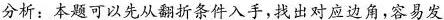
分析：本题可以先从翻折条件入手，找出对应边角，容易发